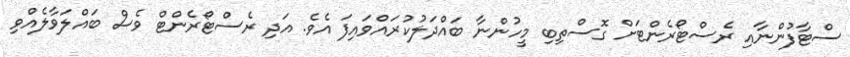
ސްޓާފުންނާއި ރެސްޓޯރެންޓަށް ގޮސްތިބި މީހުންނާ ބައްދަލުކުރައްވައިފަ އެވެ. އަދި ރެސްޓޯރެންޓް ވެސް ބައްލަވާލެއްވި